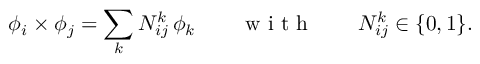
\phi _ { i } \times \phi _ { j } = \sum _ { k } { \cal N } _ { i j } ^ { k } \, \phi _ { k } \qquad \textrm { w i t h } \qquad { \cal N } _ { i j } ^ { k } \in \{ 0 , 1 \} .